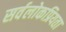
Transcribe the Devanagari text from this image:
सर्वलोकप्रियता